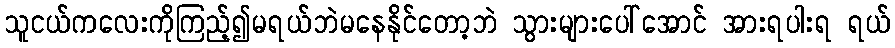
သူငယ်ကလေးကိုကြည့်၍မရယ်ဘဲမနေနိုင်တော့ဘဲ သွားများပေါ်အောင် အားရပါးရ ရယ်